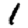
Digit: 1